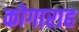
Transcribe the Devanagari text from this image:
कोगाराह